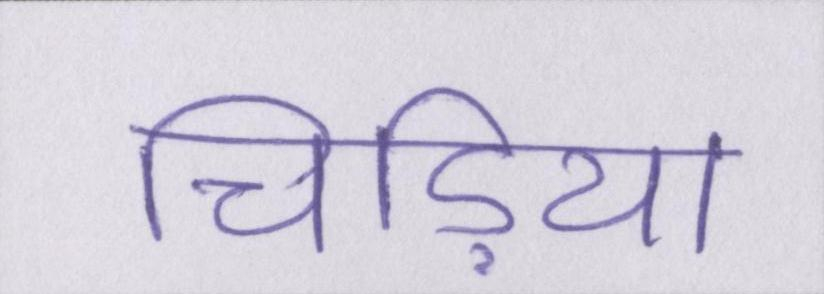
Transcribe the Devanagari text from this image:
चिड़िया